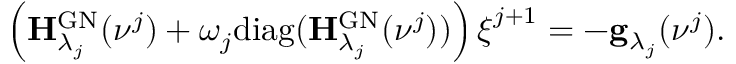
\begin{array} { r } { \left( \mathbf H _ { \lambda _ { j } } ^ { \mathrm { G N } } ( \ensuremath { \boldsymbol \nu } ^ { j } ) + \omega _ { j } \mathrm { d i a g } ( \mathbf H _ { \lambda _ { j } } ^ { \mathrm { G N } } ( \ensuremath { \boldsymbol \nu } ^ { j } ) ) \right) \boldsymbol \xi ^ { j + 1 } = - \mathbf g _ { \lambda _ { j } } ( \ensuremath { \boldsymbol \nu } ^ { j } ) . } \end{array}